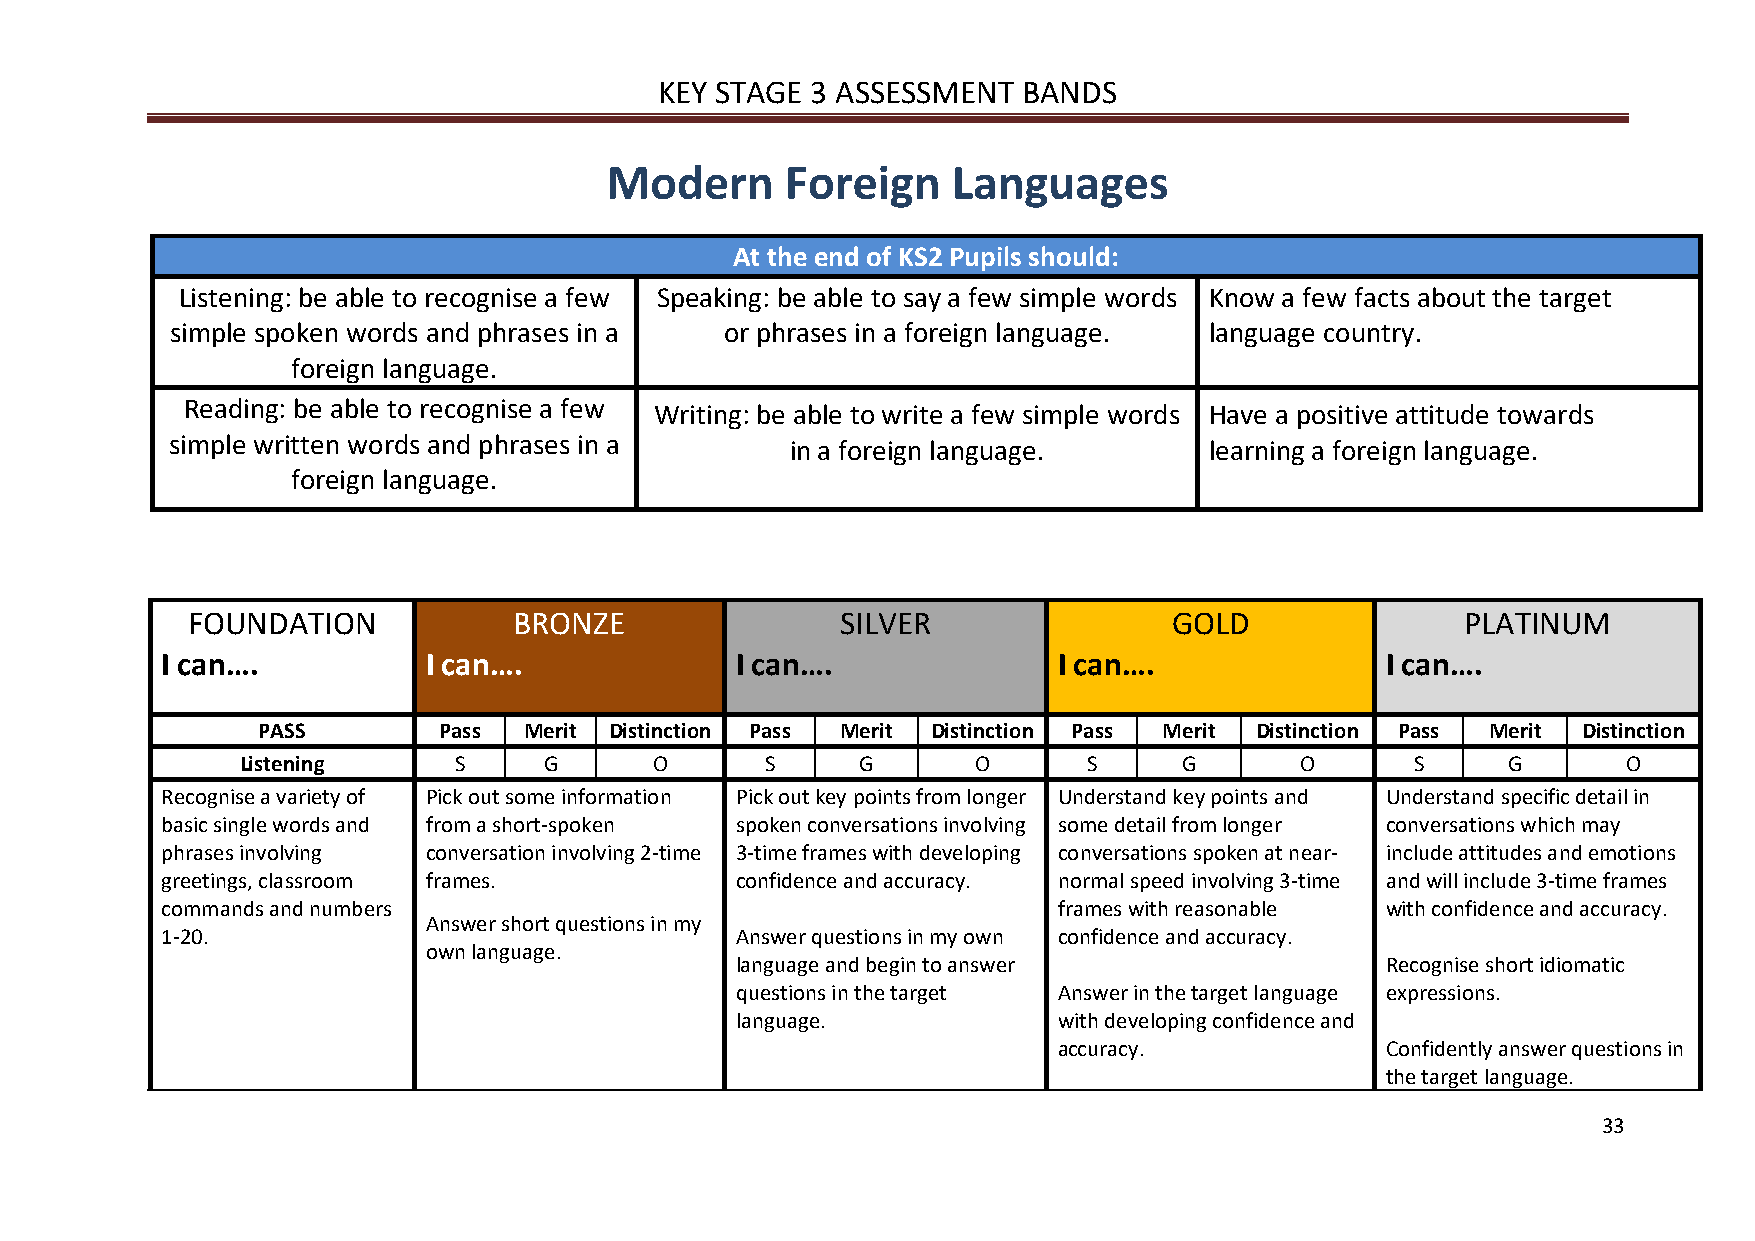
KEY STAGE 3 ASSESSMENT  BANDS
 Modern      Foreign    Languages
 At the end of KS2 Pupils should:
 Listening: be able to recognise a few Speaking: be able to say a few simple words Know a few facts about the target
 simple spoken words and phrases in a or phrases in a foreign language. language country.
 foreign language.
 Reading: be able to recognise a few Writing: be able to write a few simple words Have a positive attitude towards
 simple written words and phrases in a    in a foreign language.      learning a foreign language.
 foreign language.
 FOUNDATION            BRONZE                SILVER                GOLD               PLATINUM
 I can….          I can….              I can….              I can….               I can….
 PASS        Pass  Merit Distinction Pass Merit Distinction Pass Merit Distinction Pass Merit Distinction
 Listening     S     G      O       S     G       O      S     G       O       S     G       O
 Recognise a variety of Pick out some information Pick out key points from longer Understand key points and Understand specific detail in
 basic single words and from a short-spoken spoken conversations involving some detail from longer conversations which may
 phrases involving conversation involving 2-time 3-time frames with developing conversations spoken at near- include attitudes and emotions
 greetings, classroom frames.          confidence and accuracy. normal speed involving 3-time and will include 3-time frames
 commands and numbers                                       frames with reasonable with confidence and accuracy.
 Answer short questions in my
 1-20.                                 Answer questions in my own confidence and accuracy.
 own language.
 language and begin to answer               Recognise short idiomatic
 questions in the target Answer in the target language expressions.
 language.            with developing confidence and
 accuracy.             Confidently answer questions in
 t he target language.
 33